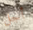
أجل